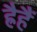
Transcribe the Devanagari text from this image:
ह्रैहैं